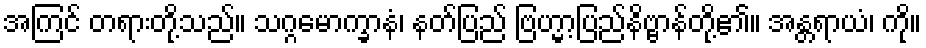
အကြင် တရားတို့သည်။ သဂ္ဂမောက္ခာနံ၊ နတ်ပြည် ဗြဟ္မာ့ပြည်နိဗ္ဗာန်တို့၏။ အန္တရာယံ၊ ကို။